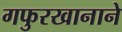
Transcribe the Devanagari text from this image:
गफुरखानाने